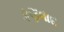
કણવાદ